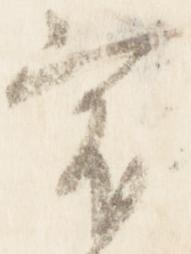
宿